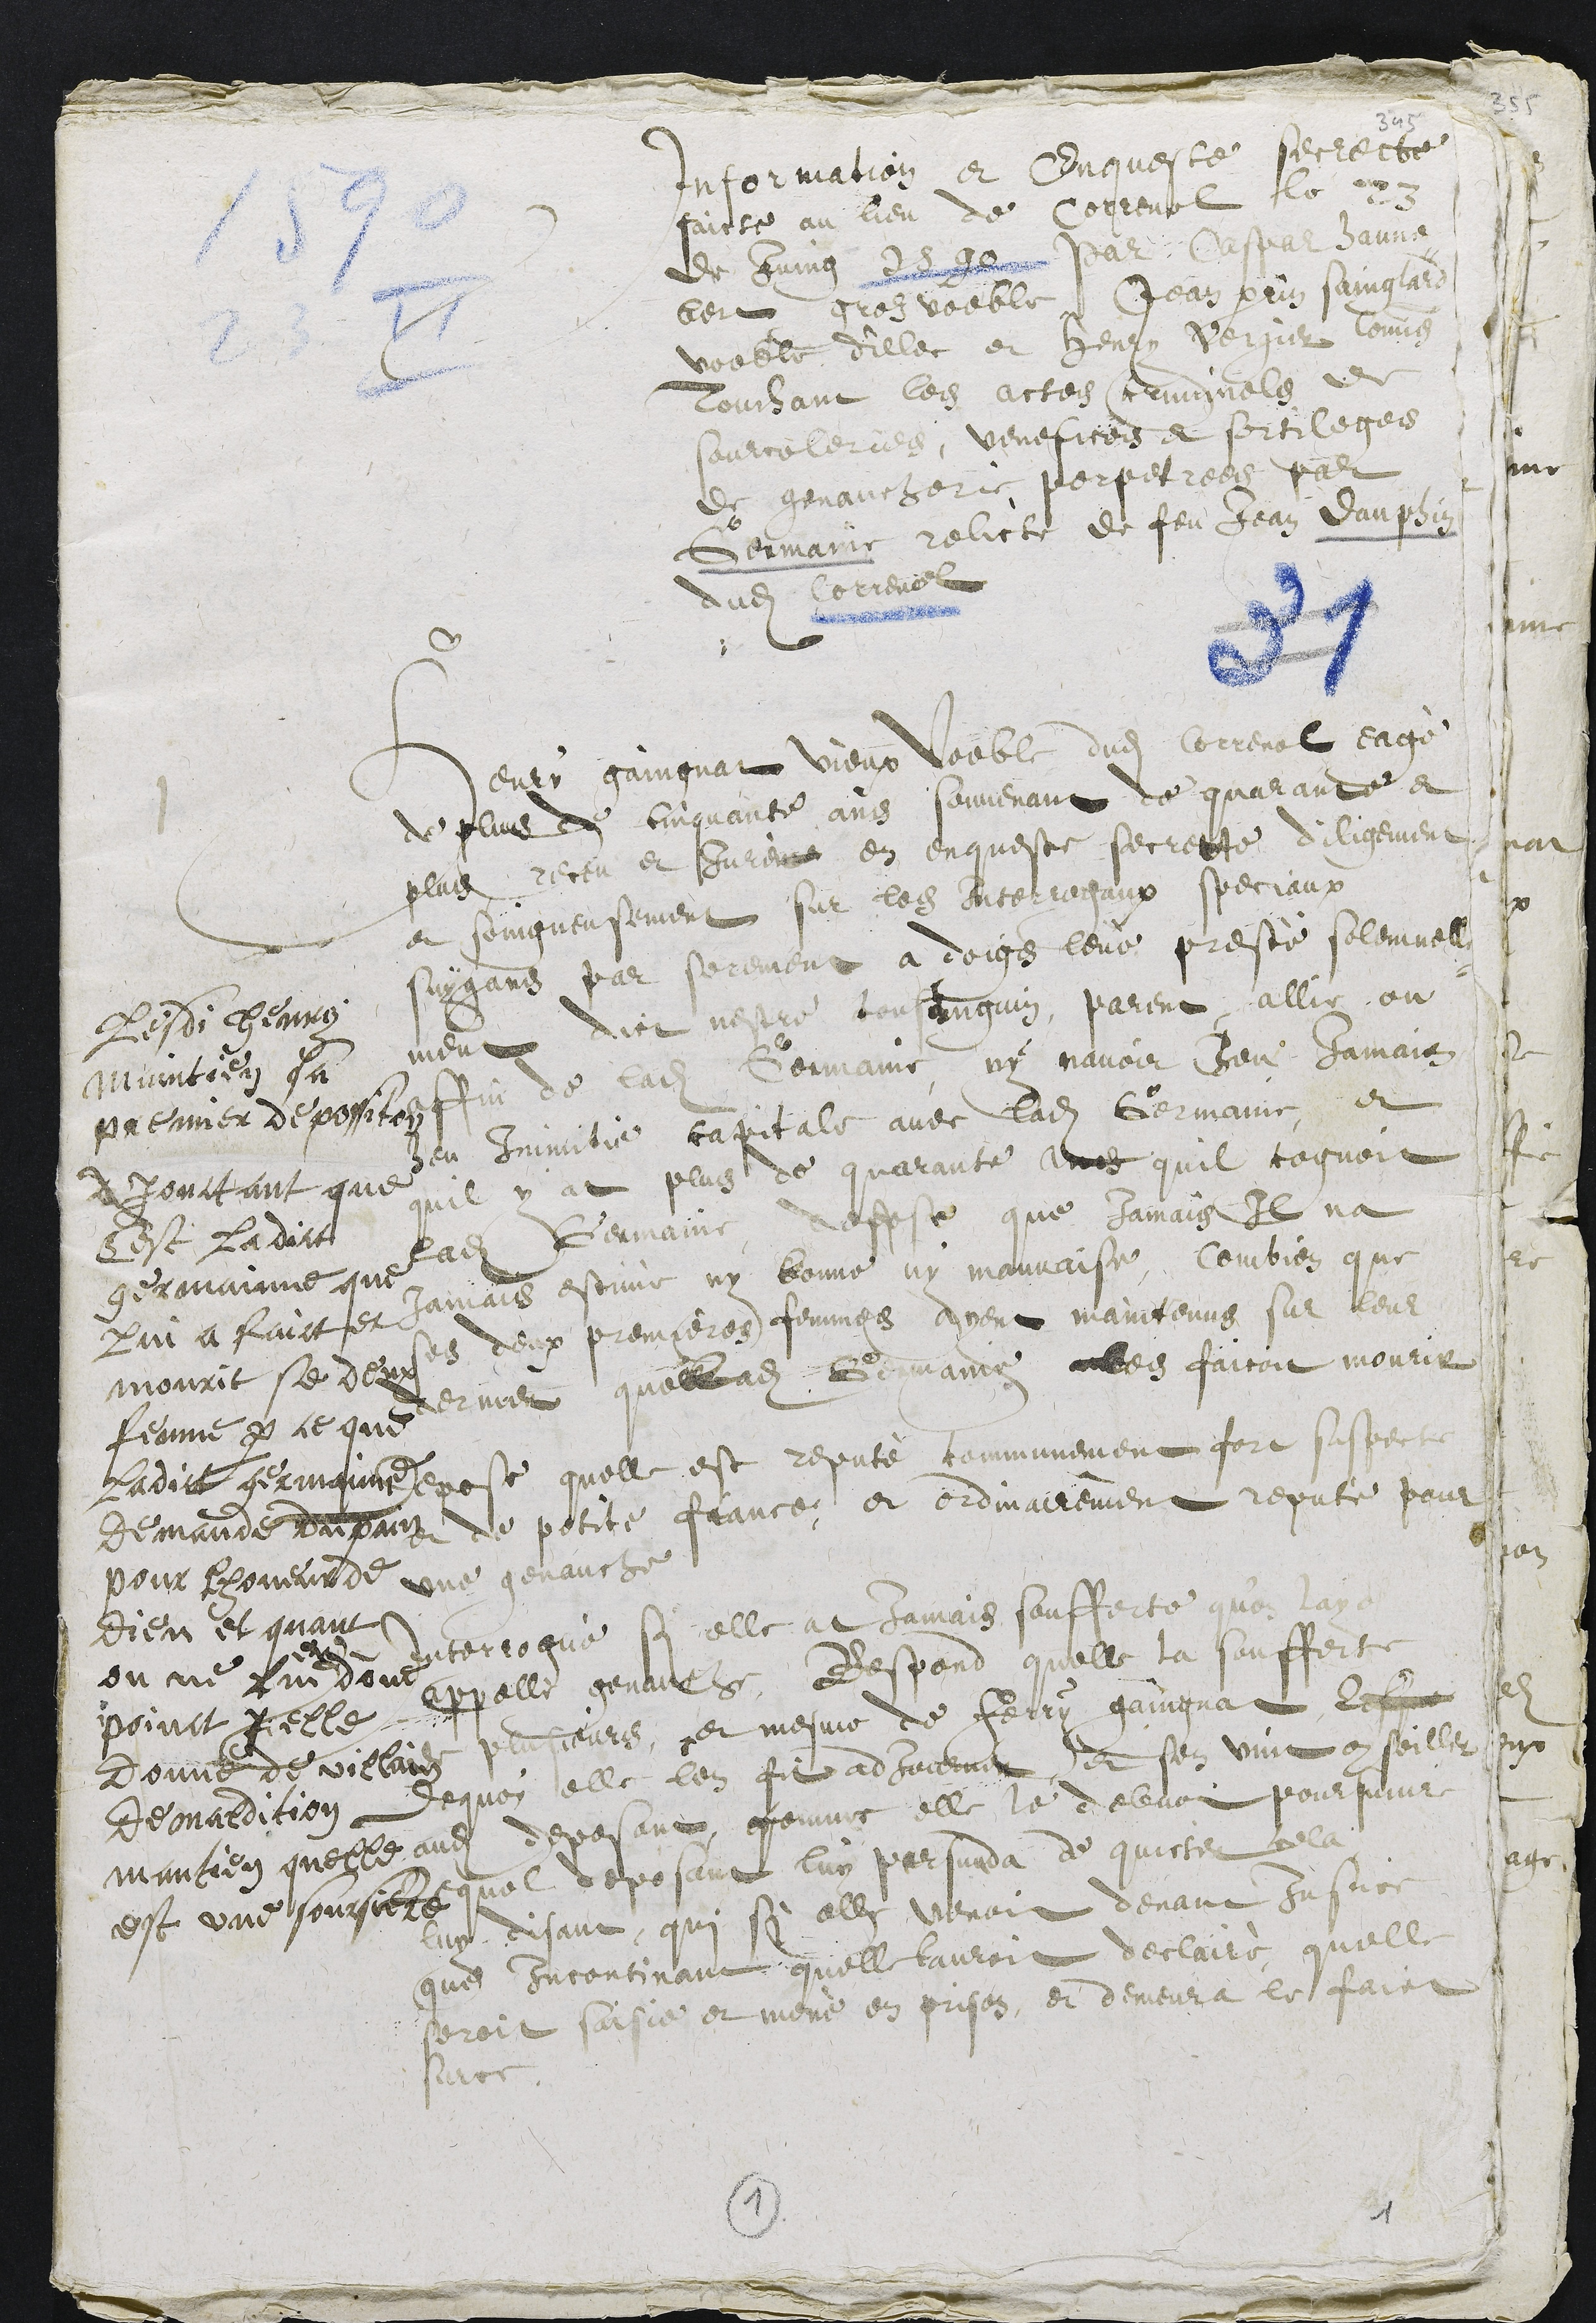
Information et Enqueste secrette
faicte au lieu de Correnol le 23
de Juing 1590 Par Caspar hanne-
bert groz voeble, Jean Perrin Sainglard
voeble dillec et Henry Vergier commis
Touchant les actes criminels et
sourceleries, venefices et sortileges
de genaucherie perpetrees par
Germaine relicte de feu Jean dauphin
dudit Correnol
1
Henry gaingnat vieux voeble dudit Correnol eagé
de plus de cinquante ans souvenant de quarante et
plus receu et Jurent en enqueste secrette diligement
et soingneusement sur les Interrogaux speciaux
suygans par serement a doigs levé presté solemnelle-
ment dict nestre consanguin, parent allie, ou
affin de ladite Germaine ny navoir heu Jamais
heu Inimitie capitale avec ladite Germaine, et
quil y at plus de quarante ans quil cognoit
ladite Germaine, depose que Jamais il na
Jamais estime ny bonne ny mauvaise, combien que
ses deux premieres femmes ayent maintenus sur leur
terme quelladite Germaine les faicoit mourir
depose quelle est reputé communement fort suspecte
de petite fiance, et ordinairement reputé pour
une genauche
Interrogué si elle at Jamais soufferte  quon laye
appellé genauche, Respond quelle la soufferte
de plusieurs, et mesme de Ferry gaingnat lesque
Dequoy elle len fit adjourner, et sen vint conseiller
audit deposant qcomme elle le debvoit poursuivre
Lequel deposant luy persuda de quicter cela
luy disant, qui si elle venoit devant justice
que incontinant quelle lauroit declairé quelle
seroit saisie et mené en prison, et demeura le faict
surce.
Lesdi Henry
maintien sa
premier depossition
Ajoutant que
cest ladict
Germainne qui
lui a faict et
mourit se deux
femme par ce que
Ladict germaine
demande du pain
pour lhoneur de
Dieu et quant
on ne lui
en
done
point icelle
Donne de villain
Demaldition
mantien quelle
est une soursiere
1
1